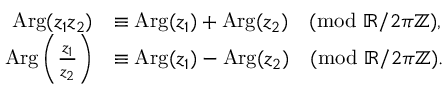
{ \begin{array} { r l } { \operatorname { A r g } ( z _ { 1 } z _ { 2 } ) } & { \equiv \operatorname { A r g } ( z _ { 1 } ) + \operatorname { A r g } ( z _ { 2 } ) { \pmod { \mathbb { R } / 2 \pi \mathbb { Z } } } , } \\ { \operatorname { A r g } \left( { \frac { z _ { 1 } } { z _ { 2 } } } \right) } & { \equiv \operatorname { A r g } ( z _ { 1 } ) - \operatorname { A r g } ( z _ { 2 } ) { \pmod { \mathbb { R } / 2 \pi \mathbb { Z } } } . } \end{array} }